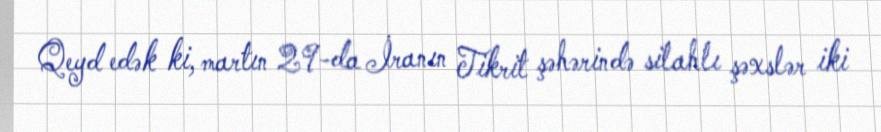
Qeyd edək ki, martın 29-da İranın Tikrit şəhərində silahlı şəxslər iki